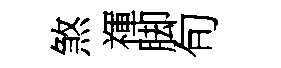
煞禈脚旬